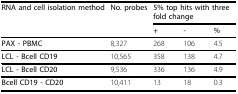
| RNA and cell isolation method | No. probes | <COLSPAN=3> 5% top hits with three fold change |
 |  |  | + | - | % |
 | --- | --- | --- | --- | --- |
 | PAX - PBMC | 8,327 | 268 | 106 | 4.5 |
 | LCL - Bcell CD19 | 10,565 | 358 | 138 | 4.7 |
 | LCL - Bcell CD20 | 9,536 | 336 | 136 | 4.9 |
 | Bcell CD19 - CD20 | 10,411 | 13 | 18 | 0.3 |